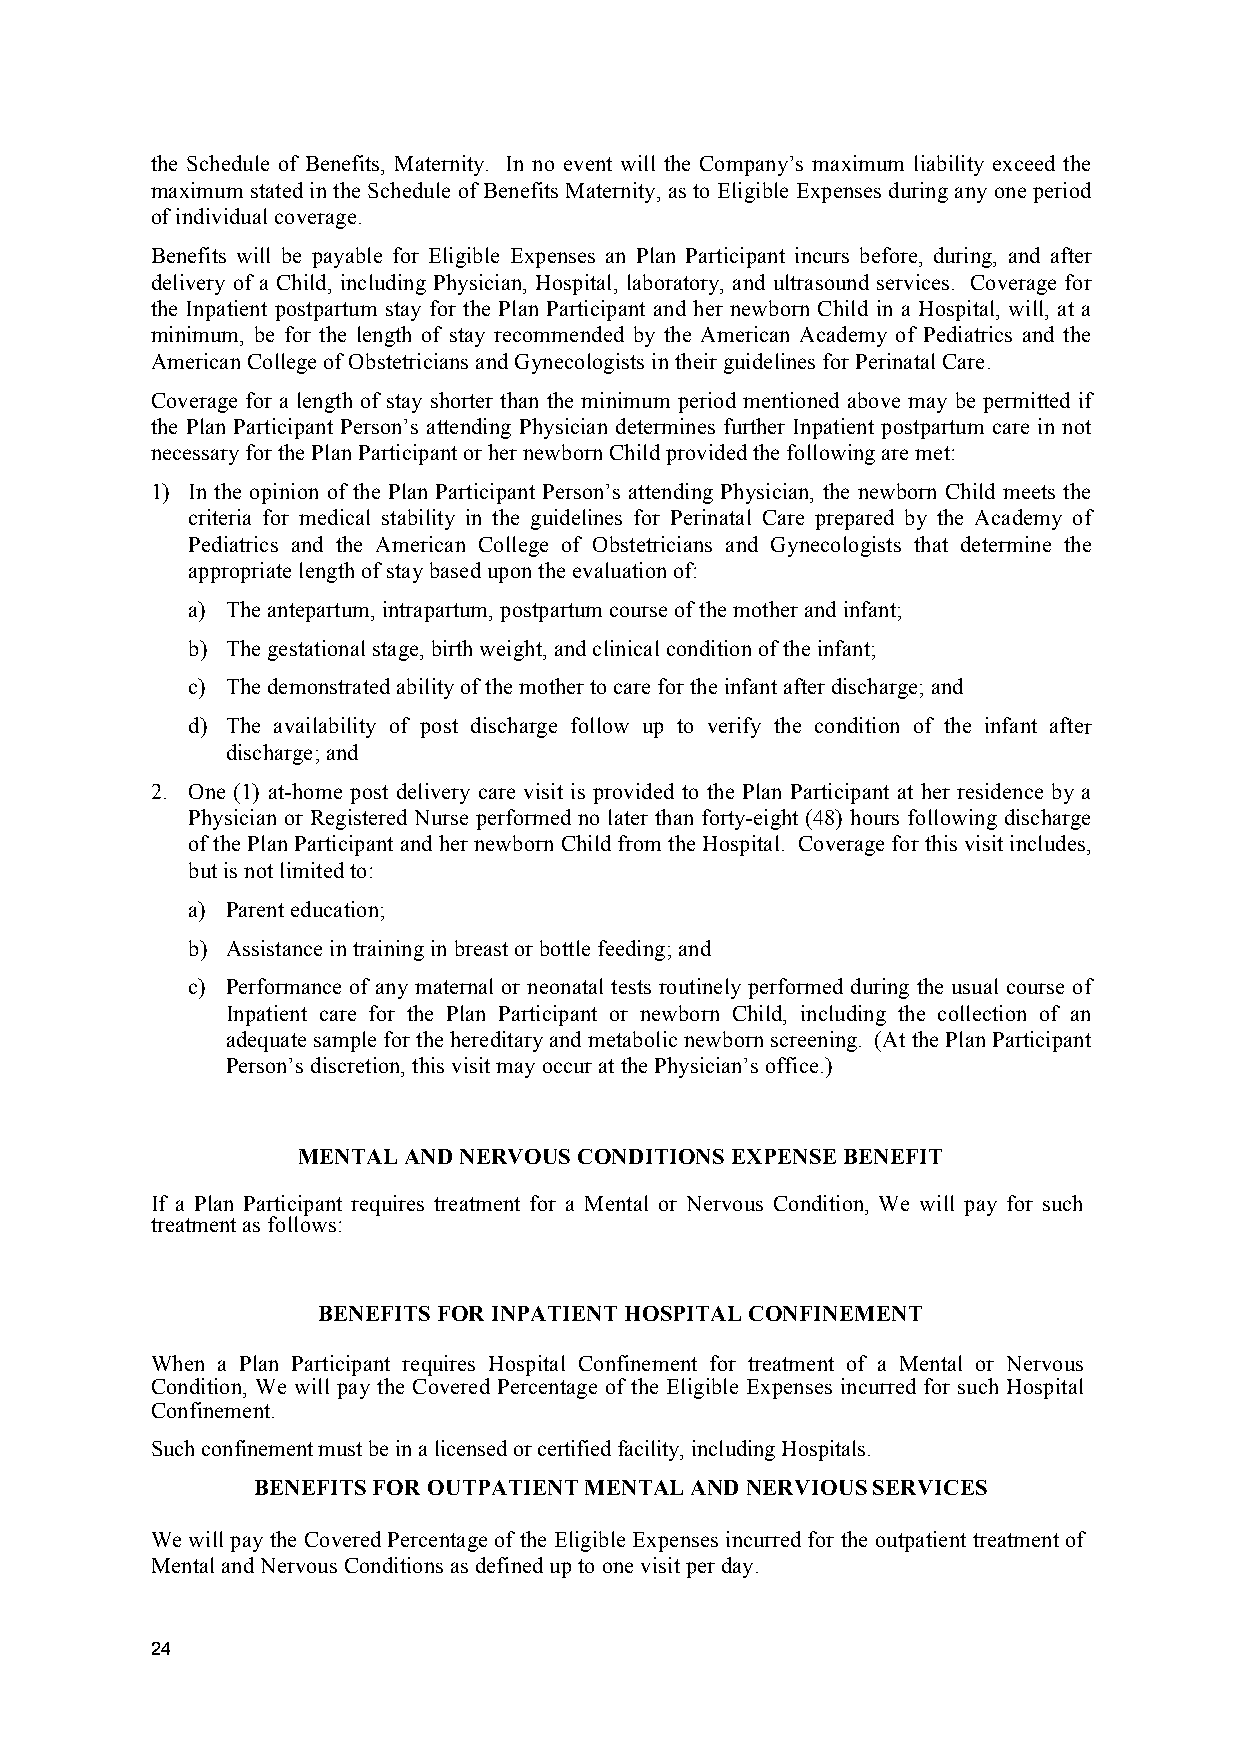
the Schedule of Benefits, Maternity. In no event will the Company’s maximum liability exceed the
 maximum stated in the Schedule of Benefits Maternity, as to Eligible Expenses during any one period
 of individual coverage.
 Benefits will be payable for Eligible Expenses an Plan Participant incurs before, during, and after
 delivery of a Child, including Physician, Hospital, laboratory, and ultrasound services. Coverage for
 the Inpatient postpartum stay for the Plan Participant and her newborn Child in a Hospital, will, at a
 minimum, be for the length of stay recommended by the American Academy of Pediatrics and the
 American College of Obstetricians and Gynecologists in their guidelines for Perinatal Care.
 Coverage for a length of stay shorter than the minimum period mentioned above may be permitted if
 the Plan Participant Person’s attending Physician determines further Inpatient postpartum care in not
 necessary for the Plan Participant or her newborn Child provided the following are met:
 1) In the opinion of the Plan Participant Person’s attending Physician, the newborn Child meets the
 criteria for medical stability in the guidelines for Perinatal Care prepared by the Academy of
 Pediatrics and the American College of Obstetricians and Gynecologists that determine the
 appropriate length of stay based upon the evaluation of:
 a) The antepartum, intrapartum, postpartum course of the mother and infant;
 b) The gestational stage, birth weight, and clinical condition of the infant;
 c) The demonstrated ability of the mother to care for the infant after discharge; and
 d) The availability of post discharge follow up to verify the condition of the infant after
 discharge; and
 2. One (1) at-home post delivery care visit is provided to the Plan Participant at her residence by a
 Physician or Registered Nurse performed no later than forty-eight (48) hours following discharge
 of the Plan Participant and her newborn Child from the Hospital. Coverage for this visit includes,
 but is not limited to:
 a) Parent education;
 b) Assistance in training in breast or bottle feeding; and
 c) Performance of any maternal or neonatal tests routinely performed during the usual course of
 Inpatient care for the Plan Participant or newborn Child, including the collection of an
 adequate sample for the hereditary and metabolic newborn screening. (At the Plan Participant
 Person’s discretion, this visit may occur at the Physician’s office.)
 MENTAL AND NERVOUS CONDITIONS EXPENSE BENEFIT
 If a Plan Participant requires treatment for a Mental or Nervous Condition, We will pay for such
 treatment as follows:
 BENEFITS FOR INPATIENT HOSPITAL CONFINEMENT
 When a Plan Participant requires Hospital Confinement for treatment of a Mental or Nervous
 Condition, We will pay the Covered Percentage of the Eligible Expenses incurred for such Hospital
 Confinement.
 Such confinement must be in a licensed or certified facility, including Hospitals.
 BENEFITS FOR OUTPATIENT MENTAL AND NERVIOUS SERVICES
 We will pay the Covered Percentage of the Eligible Expenses incurred for the outpatient treatment of
 Mental and Nervous Conditions as defined up to one visit per day.
 24